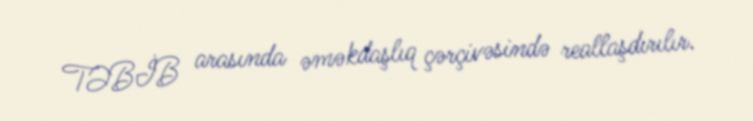
TƏBİB arasında əməkdaşlıq çərçivəsində reallaşdırılır.